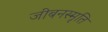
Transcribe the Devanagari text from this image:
जीबनस्मृति